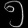
Digit: ၅